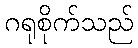
ဂရုစိုက်သည်